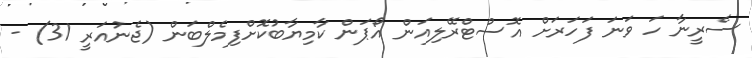
ސެރީނާ ހަ ވަނަ ފަހަރަށް އޮސްޓްރޭލިއަން އޯޕަން ކާމިޔާބުކޮށްފިމެލްބަން (ޖެނުއަރީ 31) -